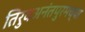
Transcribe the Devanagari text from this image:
तिरुवअनंतपुरमच्या